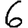
Digit: 6